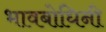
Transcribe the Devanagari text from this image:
भावबोधिनी